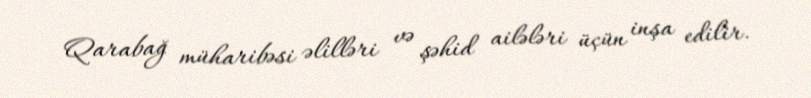
Qarabağ müharibəsi əlilləri və şəhid ailələri üçün inşa edilir.